King Institute of Preventive Medicine Micro-Biological Section reports 1912-19
Year: 1912
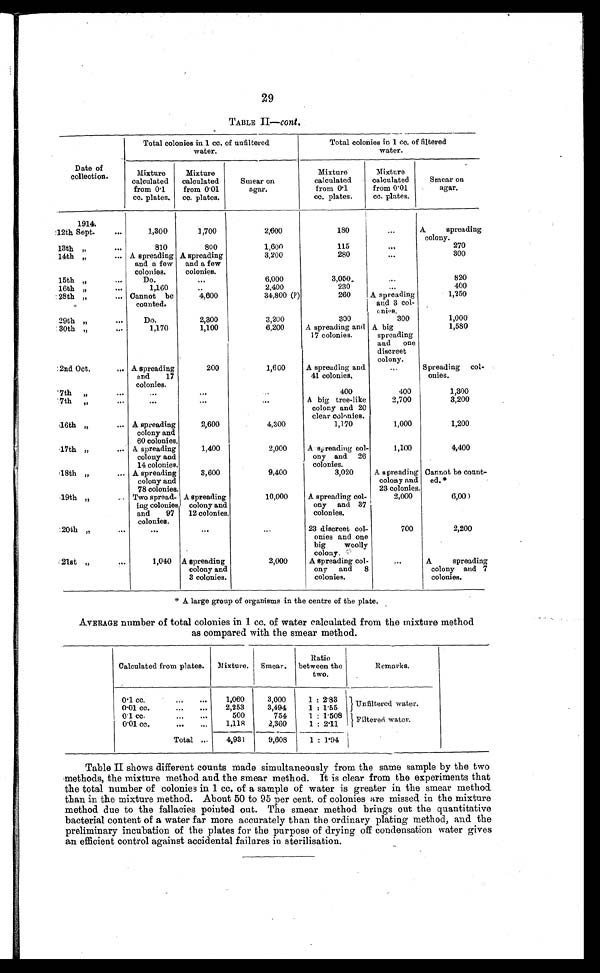
29
TABLE II—cont.
Date of
collection.
Total colonies in 1 cc. of unfiltered
water.
Total colonies in 1 cc. of filtered
water.
Mixture
calculated
from 0.1
cc. plates.
Mixture
calculated
from 0.01
cc. plates.
Smear on
agar.
Mixture
calculated
from 0.1
cc. plates.
Mixture
calculated
from 0.01
cc. plates.
Smear on
agar.
1914.
12th Sept. . . .
1,300
1,700
2,600
180
. . .
A
spreading
colony.
13th "
. . .
810
800
1,600
115
. . .
270
14th "
. . . A spreading
and a few
colonies.
A spreading
and a few
colonies.
3,200
280
. . .
300
15th "
. . .
D o .
. . .
3,050
. . .
820
16th "
. . .
1,160
. . .
2,400
230
. . .
400
28th ". . . Cannot
be
counted.
4,600
34,800 (?)
260
A spreading
and 3 col-
onies.
1,250
29th "
. . .
Do.
2,300
3,200
300
300
1,000
30th "
. . .
1,170
1,100
6,200
A spreading and
17 colonies.
A big
spreading
and one
discreet
colony.
1,580
2nd Oct. . . . A spreading
and
17
colonies.
200
1,600
A spreading and
41 colonies.
. . .
Spreading col-
onies.
7th "
. . .
. . .
. . .
. . .
400
400
1,300
7th " . . .
. . .
. . .
. . .
A big tree-like
colony and 20
clear colonies.
2,700
3,200
16th " . . . A spreading
colony and
60 colonies.
2,600
4,300
1,170
1,000
1,200
17th " . . . A spreading
colony and
14 colonies.
1,400
2,000
A spreading col-
ony and 26
colonies.
1,100
4,400
18th " . . . A spreading
colony and
78 colonies.
3,600
9,400
3,020
A spreading
colony and
23 colonies.
Cannot be count-
ed.*
19th " . . . Two spread-
ing colonies
and
97
colonies.
A spreading
colony and
12 colonies.
10,000
A spreading col-
ony
and 37
colonies.
2,000
6,000
20th " . . .
. . .
. . .
. . .
23 discreet col-
onies and one
big
woolly
colony.
700
2,200
2 1 s t " . . .
1,040
A spreading
colony and
3 colonies.
2,000
A spreading col-
ony
and
8
colonies.
. . .
A
spreading
colony
and 7
colonies.
* A large group of organisms in the centre of the plate.
AVERAGE number of total colonies in 1 cc. of water calculated from the mixture method
as compared with the smear method.
Calculated from plates.
Mixture.
Smear.
Ratio
between the
two.
Remarks.
0.1 cc. . . .
1,060
3,000
1 : 2.83
Unfiltered water.
0.01 cc. . . .
2,253
3,494
1 : 1.55
0.1 cc. . . .
500
754
1 : 1.508
Filtered water.
0.01 cc. . . .
1,118
2,360
1 : 2.11
Total . . .
4,931
9,608
1 : 1.94
Table II shows different counts made simultaneously from the same sample by the two
methods, the mixture method and the smear method. It is clear from the experiments that
the total number of colonies in 1 cc. of a sample of water is greater in the smear method
than in the mixture method. About 50 to 95 per cent. of colonies are missed in the mixture
method due to the fallacies pointed out. The smear method brings out the quantitative
bacterial content of a water far more accurately than the ordinary plating method, and the
preliminary incubation of the plates for the purpose of drying off condensation water gives
an efficient control against accidental failures in sterilisation.